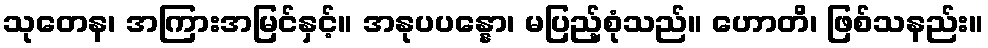
သုတေန၊ အကြားအမြင်နှင့်။ အနုပပန္နော၊ မပြည့်စုံသည်။ ဟောတိ၊ ဖြစ်သနည်း။